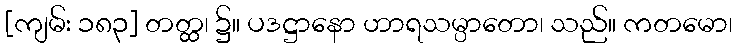
[ကျမ်း ၁၈၃] တတ္ထ၊ ၌။ ပဒဋ္ဌာနော ဟာရသမ္ပာတော၊ သည်။ ကတမော၊